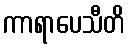
ကာရာပေသီတိ